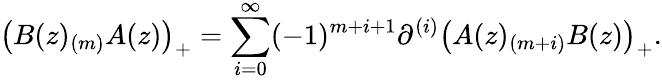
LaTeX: \bigl(B(z)_{(m)}A(z)\bigr)_{+}=\sum_{i=0}^{\infty}(-1)^{m+i+1}\partial^{(i)}\bigl(A(z)_{(m+i)}B(z)\bigr)_{+}.